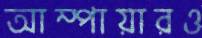
আম্পায়ারও